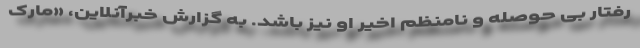
رفتار بی حوصله و نامنظم اخیر او نیز باشد. به گزارش خبرآنلاین، «مارک